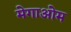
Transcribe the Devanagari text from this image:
मेगाओम